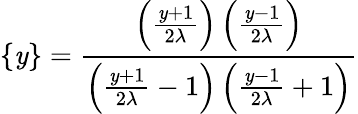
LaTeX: \{ \mathit{y}\} =\frac{{\left(\frac{{\mathit{y}+1}}{{2\lambda}}\right)\left(\frac{{\mathit{y}-1}}{{2\lambda}}\right)}}{{\left(\frac{{\mathit{y}+1}}{{2\lambda}}-1\right)\left(\frac{{\mathit{y}-1}}{{2\lambda}}+1\right)}}